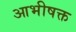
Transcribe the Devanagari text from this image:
आभीषक्त